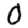
Digit: 0